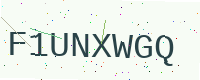
Text: F1UNXWGQ